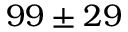
9 9 \pm 2 9